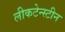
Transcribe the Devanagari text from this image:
लीकटेन्स्टीन